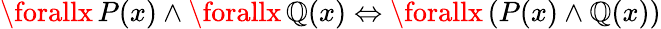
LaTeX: \forallx\, P(x)\land\forallx\, \mathbb{Q}(x)\Leftrightarrow\forallx\, (P(x)\land\mathbb{Q}(x))